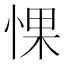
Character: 惈